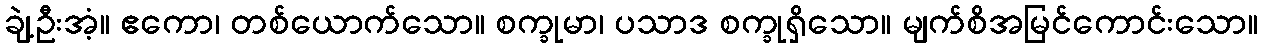
ချဲ့ဦးအံ့။ ဧကော၊ တစ်ယောက်သော။ စက္ခုမာ၊ ပသာဒ စက္ခုရှိသော။ မျက်စိအမြင်ကောင်းသော။